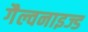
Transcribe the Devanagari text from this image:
गैल्वनाइज्ड